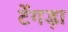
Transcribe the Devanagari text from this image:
टेंगड़ा